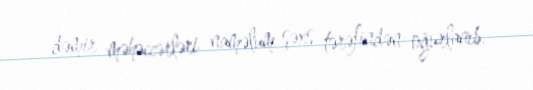
dəmir məhəccərləri naməlum şəxs tərəfindən oğurlanıb.